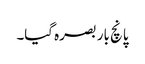
پانچ بار بصرہ گیا۔